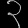
Digit: ၃